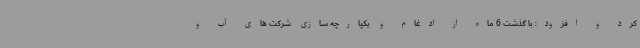
کرد و افزود: با گذشت 6 ماه از ادغام و یکپارچه سازی شرکت های آب و